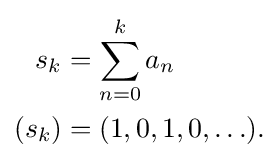
{\begin{aligned}s_{k}&=\sum _{n=0}^{k}a_{n}\\(s_{k})&=(1,0,1,0,\ldots ).\end{aligned}}